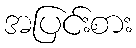
အပြင်းစား